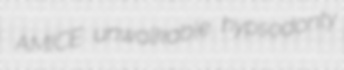
AMICE unwalkable hypsodonty